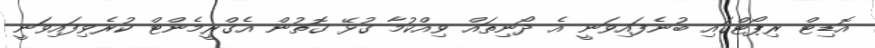
އޮޑިޓް ރިޕޯޓްގައި ބުނެފައިވަނީ އެ ދޯނިތައް ވިއްކުމާ ގުޅޭ ގޮތުން އެގްރީމެންޓް ކުރެވިފައިވަނީ